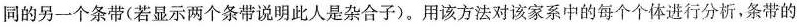
同的另一个条带(若显示两个条带说明此人是杂合子)。用该方法对该家系中的每个个体进行分析，条带的